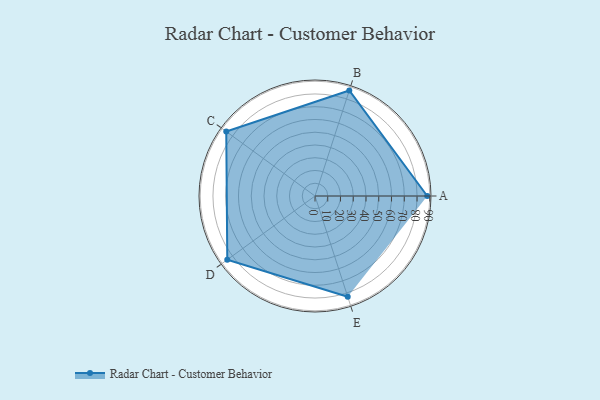
{"axis": {"x": "Skill", "y": "Score"}, "legend": ["Profile"], "data": [{"x": "A", "y": 88.0, "type": "Profile"}, {"x": "B", "y": 87.0, "type": "Profile"}, {"x": "C", "y": 86.0, "type": "Profile"}, {"x": "D", "y": 85.0, "type": "Profile"}, {"x": "E", "y": 83.0, "type": "Profile"}]}